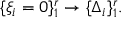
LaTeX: \{ \xi _ { i } = 0 \} _ { 1 } ^ { r } \rightarrow \{ \Delta _ { i } \} _ { 1 } ^ { r } .